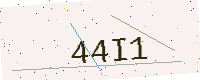
Text: 44I1